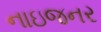
નાઇજનર